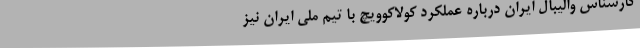
کارشناس والیبال ایران درباره عملکرد کولاکوویچ با تیم ملی ایران نیز